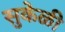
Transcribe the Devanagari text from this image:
सुकेळी